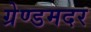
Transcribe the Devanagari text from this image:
ग्रेण्डमदर